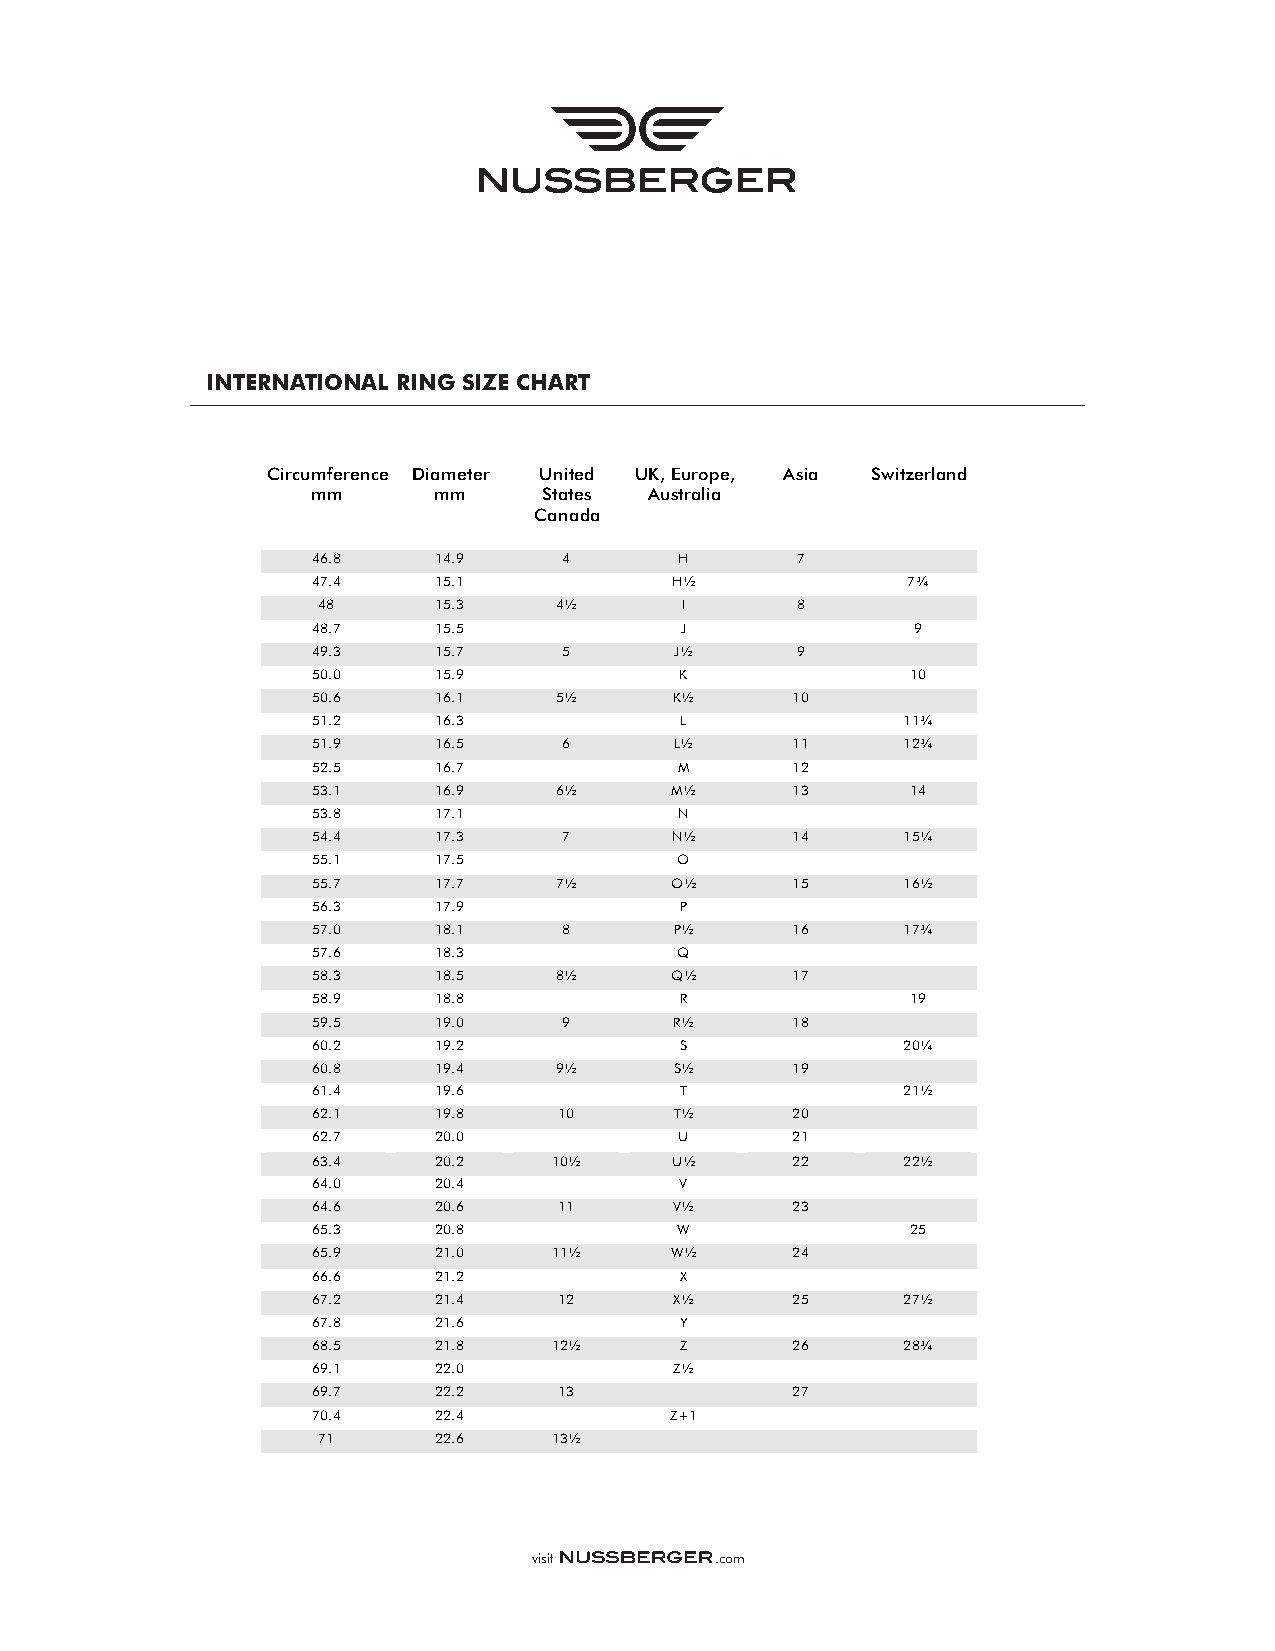
INTERNATIONAL RING SIZE CHART
 Circumference Diameter United UK, Europe, Asia Switzerland
 mm      mm     States Australia
 Canada
 46.8    14.9    4       H       7
 47.4    15.1            H½             7¾
 48      15.3    4½      I       8
 48.7    15.5            J               9
 49.3    15.7    5       J½      9
 50.0    15.9            K              10
 50.6    16.1    5½      K½     10
 51.2    16.3            L              11¾
 51.9    16.5    6       L½     11      12¾
 52.5    16.7            M      12
 53.1    16.9    6½     M½      13      14
 53.8    17.1            N
 54.4    17.3    7      N½      14      15¼
 55.1    17.5            O
 55.7    17.7    7½     O½      15      16½
 56.3    17.9            P
 57.0    18.1    8       P½     16      17¾
 57.6    18.3            Q
 58.3    18.5    8½     Q½      17
 58.9    18.8            R              19
 59.5    19.0    9       R½     18
 60.2    19.2            S              20¼
 60.8    19.4    9½      S½     19
 61.4    19.6            T              21½
 62.1    19.8    10      T½     20
 62.7    20.0            U      21
 63.4    20.2    10½     U½     22      22½
 64.0    20.4            V
 64.6    20.6    11      V½     23
 65.3    20.8            W              25
 65.9    21.0    11½    W½      24
 66.6    21.2            X
 67.2    21.4    12      X½     25      27½
 67.8    21.6            Y
 68.5    21.8    12½     Z      26      28¾
 69.1    22.0            Z½
 69.7    22.2    13             27
 70.4    22.4           Z+1
 71      22.6    13½
 visit       .com